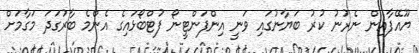
ޔޫއޭފާއިން ނެރުނު ކުރު ބަޔާނުގައި ވަނީ އިންފަންޓީނޯ ފުޓްބޯޅައިގެ އެންމެ ބާރުގަދަ މަގާމަށް